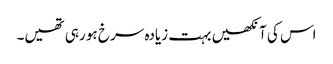
اس کی آنکھیں بہت زیادہ سرخ ہو رہی تھیں۔